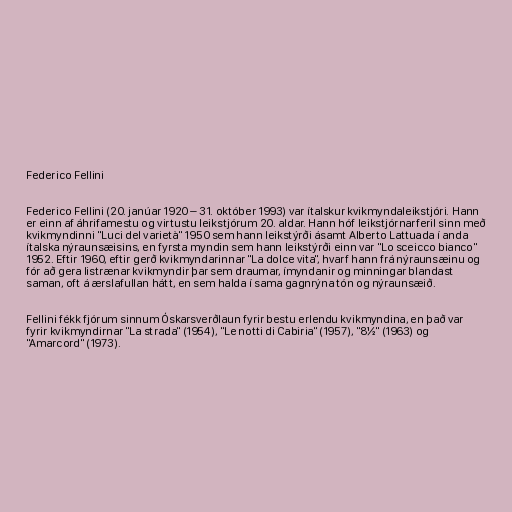
Federico Fellini

Federico Fellini (20. janúar 1920 – 31. október 1993) var ítalskur kvikmyndaleikstjóri. Hann
er einn af áhrifamestu og virtustu leikstjórum 20. aldar. Hann hóf leikstjórnarferil sinn með
kvikmyndinni "Luci del varietà" 1950 sem hann leikstýrði ásamt Alberto Lattuada í anda
ítalska nýraunsæisins, en fyrsta myndin sem hann leikstýrði einn var "Lo sceicco bianco"
1952. Eftir 1960, eftir gerð kvikmyndarinnar "La dolce vita", hvarf hann frá nýraunsæinu og
fór að gera listrænar kvikmyndir þar sem draumar, ímyndanir og minningar blandast
saman, oft á ærslafullan hátt, en sem halda í sama gagnrýna tón og nýraunsæið.

Fellini fékk fjórum sinnum Óskarsverðlaun fyrir bestu erlendu kvikmyndina, en það var
fyrir kvikmyndirnar "La strada" (1954), "Le notti di Cabiria" (1957), "8½" (1963) og
"Amarcord" (1973).